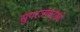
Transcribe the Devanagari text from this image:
सुपरजायंट्सचे